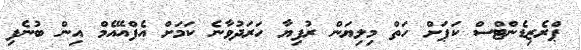
ޕްރެޒިޑެންޓްސް ކަޕަށް ހަތް މިލިޔަން ރުފިޔާ ހަރަދުވާނެ ކަމަށް އެފްއޭއެމް އިން ބުނެފި